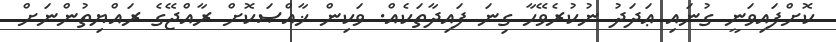
ކޮށްފައިވަނީ ގުނައި ޢަދަދު ނުކުރެވޭހާ ގިނަ ފައިދާތަކެއް. ވަކިން ޚާއްޞަކޮށް ރާއްޖޭގެ ރައްޔިތުންނަށް